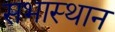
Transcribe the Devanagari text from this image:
सभास्थान